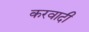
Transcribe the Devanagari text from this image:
करवादी